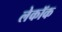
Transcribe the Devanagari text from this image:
लेकॉक